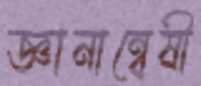
জ্ঞানান্বেষী